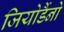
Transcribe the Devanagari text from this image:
जियोर्डैनो